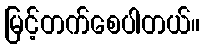
မြင့်တက်စေပါတယ်။